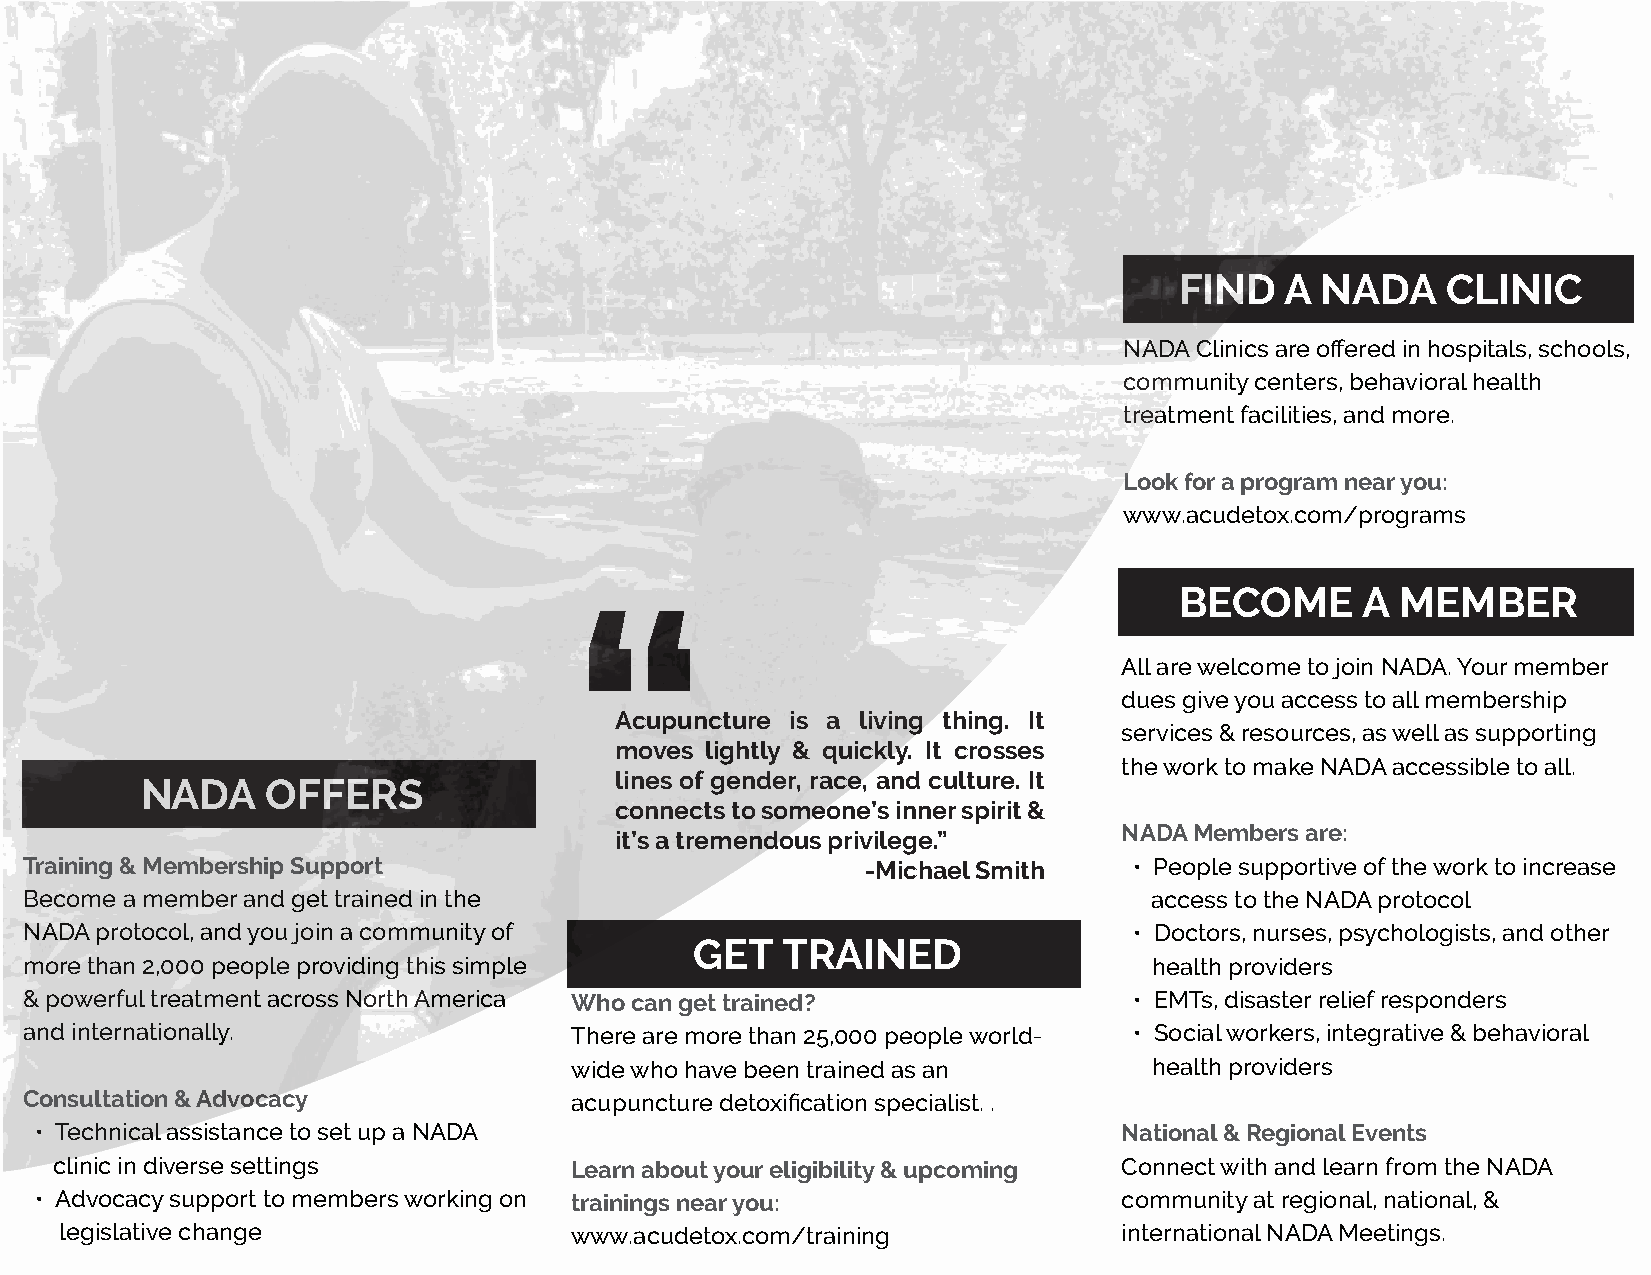
FIND   A NADA     CLINIC
 NADA Clinics are offered in hospitals, schools,
 community centers, behavioral health
 treatment facilities, and more.
 Look for a program near you:
 www.acudetox.com/programs
 BECOME      A  MEMBER
 “
 All are welcome to join NADA. Your member
 dues give you access to all membership
 Acupuncture is a living thing. It
 services & resources, as well as supporting
 moves lightly & quickly. It crosses
 the work to make NADA accessible to all.
 lines of gender, race, and culture. It
 NADA     OFFERS
 connects to someone’s inner spirit &
 NADA Members are:
 it’s a tremendous privilege.”
 Training & Membership Support                          -Michael Smith    • People supportive of the work to increase
 Become a member and get trained in the                                    access to the NADA protocol
 NADA protocol, and you join a community of                               • Doctors, nurses, psychologists, and other
 GET   TRAINED
 more than 2,000 people providing this simple                              health providers
 & powerful treatment across North America Who can get trained?           • EMTs, disaster relief responders
 and internationally.                There are more than 25,000 people world- • Social workers, integrative & behavioral
 wide who have been trained as an      health providers
 Consultation & Advocacy             acupuncture detoxification specialist. .
 • Technical assistance to set up a NADA                                 National & Regional Events
 clinic in diverse settings        Learn about your eligibility & upcoming Connect with and learn from the NADA
 • Advocacy support to members working on trainings near you:            community at regional, national, &
 legislative change                www.acudetox.com/training           international NADA Meetings.